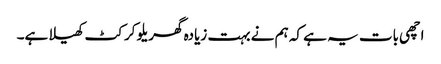
اچھی بات یہ ہے کہ ہم نے بہت زیادہ گھریلو کرکٹ کھیلا ہے۔